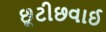
છૂટીછવાઈ